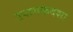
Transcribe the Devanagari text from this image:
उपासकदशा